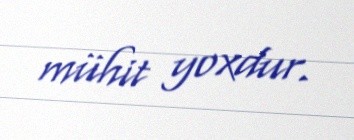
mühit yoxdur.